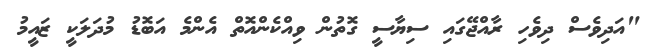
"އަދިވެސް ދިވެހި ރާއްޖޭގައި ސިޔާސީ ގޮތުން ވިއްކެންއޮތް އެންމެ އަބޮޑު މުދަލަކީ ޒައީމު